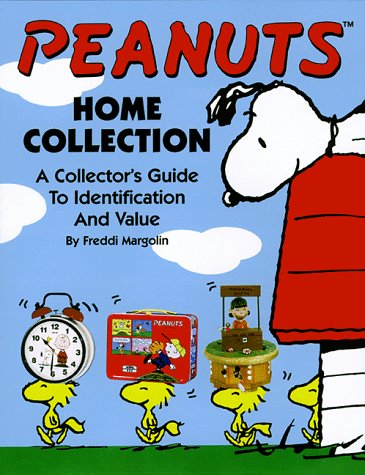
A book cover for Peanuts: Home Collection--A Collector's Guide to Identification and Value; Freddi Margolin; Crafts, Hobbies & Home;